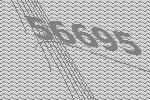
56695